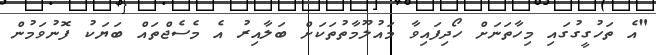
"އެ ތަހުގީގުގައި މިހާތަނަށް ހޯދިފައިވާ މައުލޫމާތުތަކަށް ބަލާއިރު އެ މެސެޖްތައް ބަޔަކު ފޮނުވަމުން